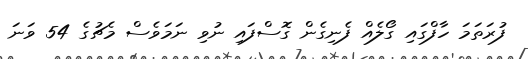
ފުރަތަމަ ހާފްގައި ގޯލެއް ފެނިގެން ގޮސްފައި ނުވި ނަމަވެސް މެޗުގެ 54 ވަނަ